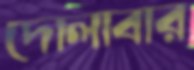
দোলাবার